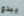
يبدو